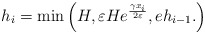
\begin{align*} h_i=\min\left(H, \varepsilon H e^{\frac{\gamma x_i}{2\varepsilon}},e h_{i-1}. \right)\end{align*}